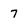
Character: 7